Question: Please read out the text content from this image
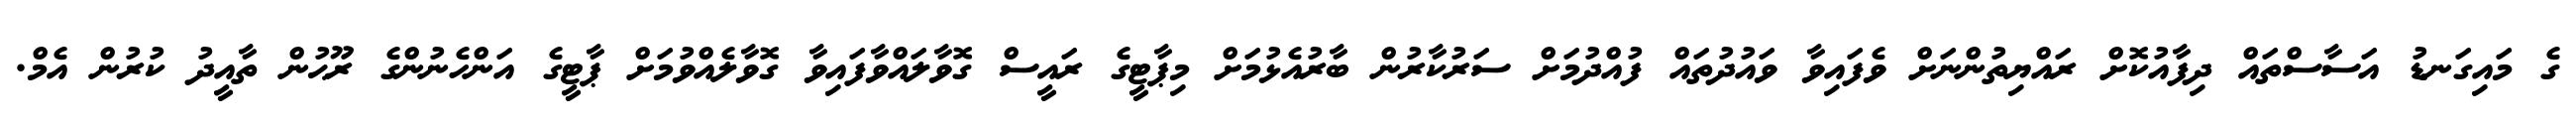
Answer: ގެ މައިގަނޑު އަސާސްތައް ދިފާއުކޮށް ރައްޔިތުންނަށް ވެފައިވާ ވައުދުތައް ފުއްދުމަށް ސަރުކާރުން ބާރުއެޅުމަށް މިޕާޓީގެ ރައީސް ގޮވާލައްވާފައިވާ ގޮވާލެއްވުމަށް ޕާޓީގެ އަންހެނުންގެ ރޫޙުން ތާއީދު ކުރުން އެމް.